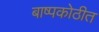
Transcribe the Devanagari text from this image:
बाष्पकोठीत